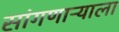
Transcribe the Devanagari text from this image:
सांगणाऱ्याला